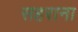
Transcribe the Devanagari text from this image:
सहराना